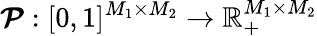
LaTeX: \boldsymbol{\mathcal{P}}:[0,1]^{M_{1}\times M_{2}}\to\mathbb{R}_{+}^{M_{1}\times M_{2}}